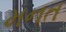
મનત